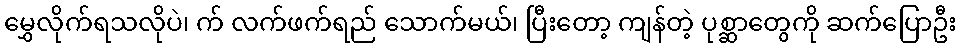
မွှေလိုက်ရသလိုပဲ၊ က် လက်ဖက်ရည် သောက်မယ်၊ ပြီးတော့ ကျန်တဲ့ ပုစ္ဆာတွေကို ဆက်ပြောဦး